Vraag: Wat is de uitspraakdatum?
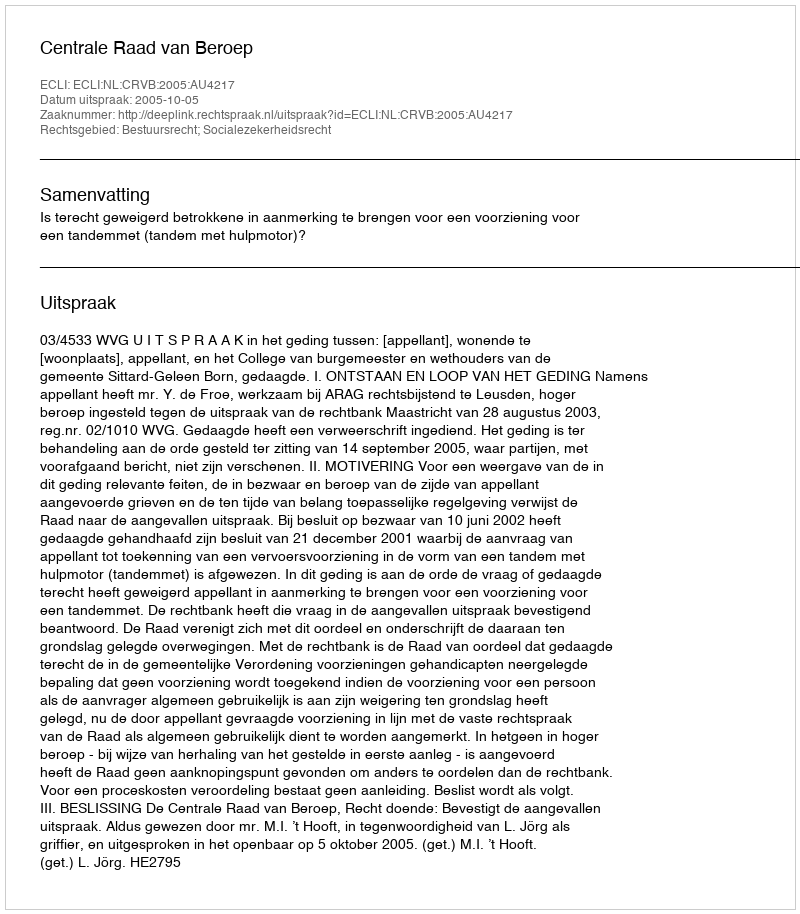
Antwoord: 2005-10-05